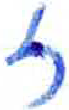
אות: ז